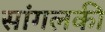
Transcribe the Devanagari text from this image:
सांगलकी